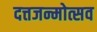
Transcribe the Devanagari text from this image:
दत्तजन्मोत्सव